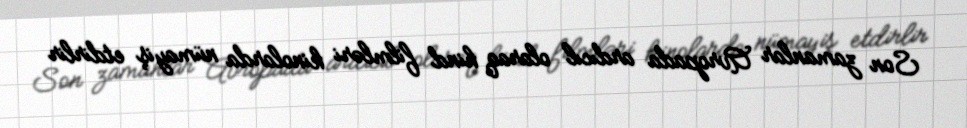
Son zamanlar Avropada ardıcıl olaraq hind filmləri kinolarda nümayiş etdirlir